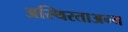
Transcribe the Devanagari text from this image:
अस्थिरताअन्य